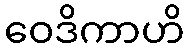
ဝေဒိကာဟိ